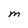
Character: M